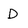
Character: D